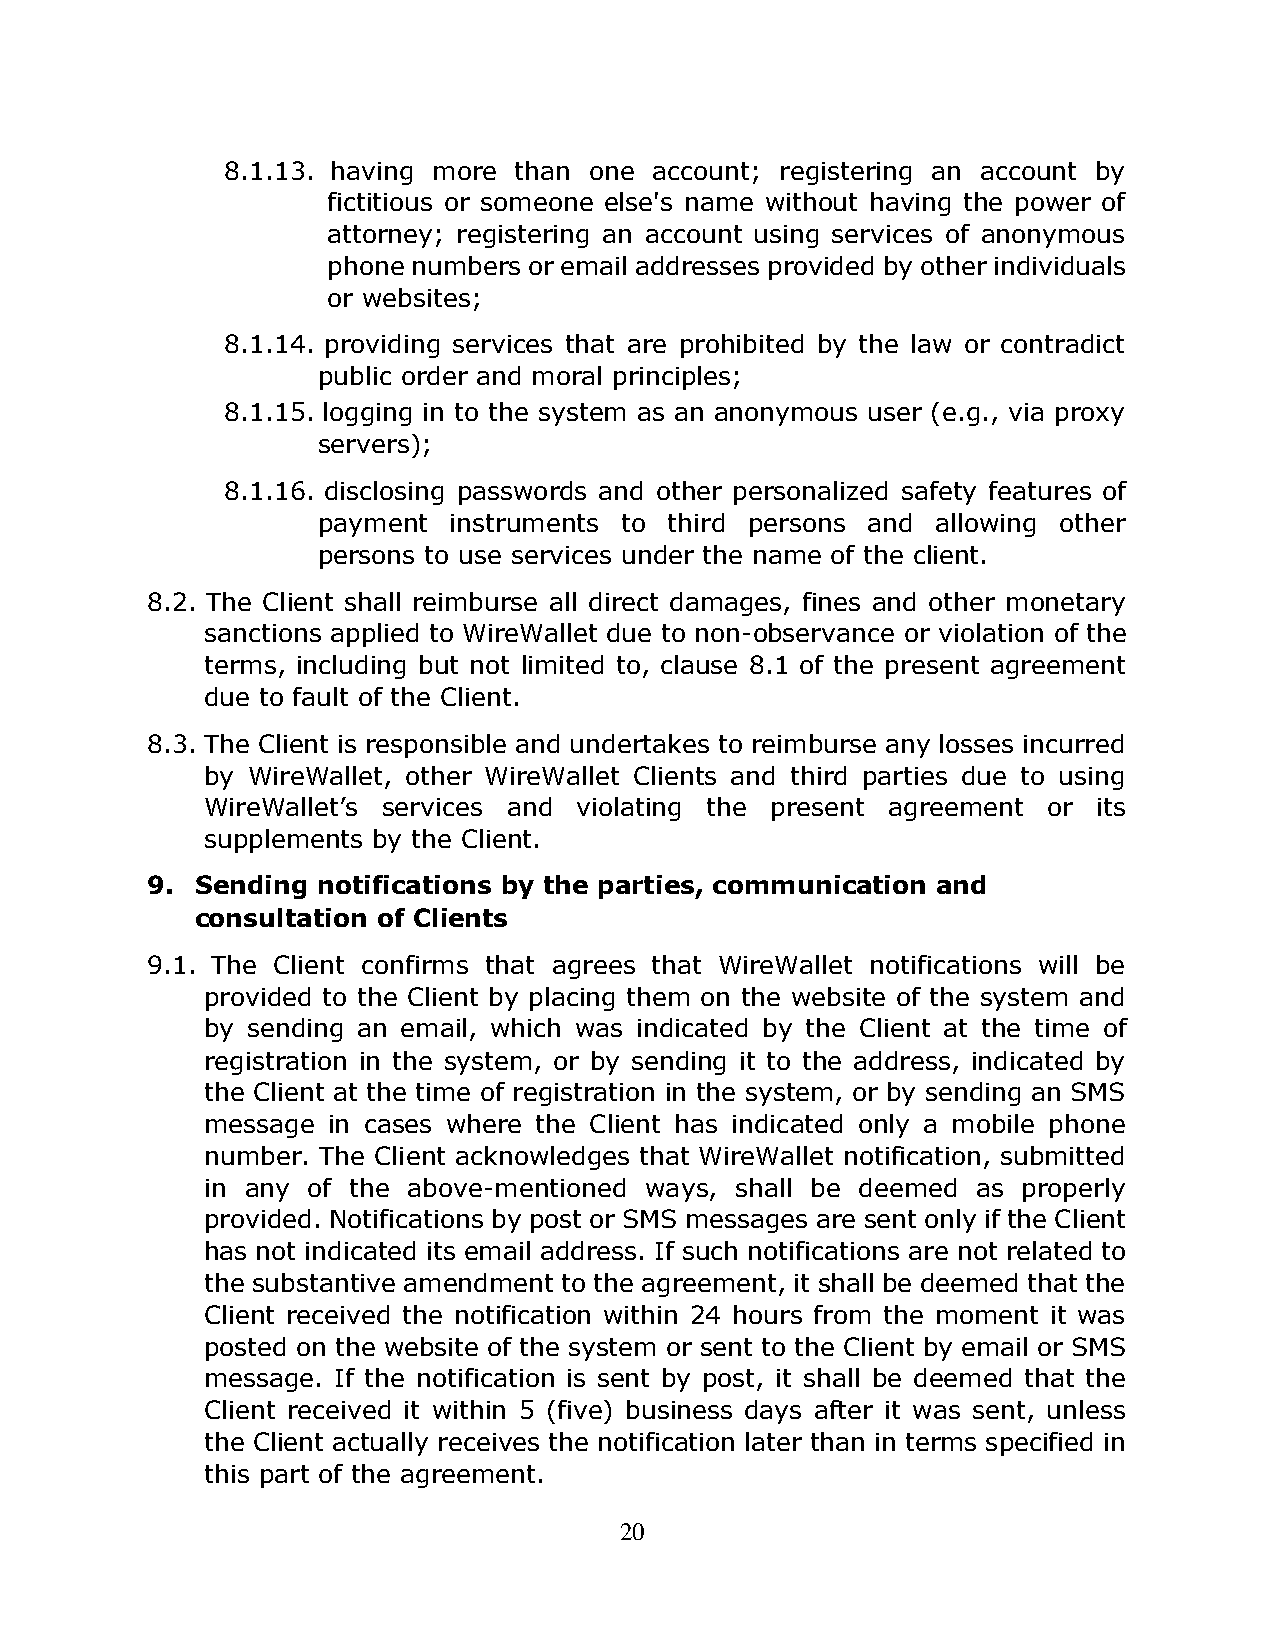
8.1.13. having more than one account; registering an account by
 fictitious or someone else's name without having the power of
 attorney; registering an account using services of anonymous
 phone numbers or email addresses provided by other individuals
 or websites;
 8.1.14. providing services that are prohibited by the law or contradict
 public order and moral principles;
 8.1.15. logging in to the system as an anonymous user (e.g., via proxy
 servers);
 8.1.16. disclosing passwords and other personalized safety features of
 payment  instruments to third persons and allowing other
 persons to use services under the name of the client.
 8.2. The Client shall reimburse all direct damages, fines and other monetary
 sanctions applied to WireWallet due to non-observance or violation of the
 terms, including but not limited to, clause 8.1 of the present agreement
 due to fault of the Client.
 8.3. The Client is responsible and undertakes to reimburse any losses incurred
 by WireWallet, other WireWallet Clients and third parties due to using
 WireWallet’s services and violating the present agreement or its
 supplements by the Client.
 9. Sending notifications by the parties, communication and
 consultation of Clients
 9.1. The Client confirms that agrees that WireWallet notifications will be
 provided to the Client by placing them on the website of the system and
 by sending an email, which was indicated by the Client at the time of
 registration in the system, or by sending it to the address, indicated by
 the Client at the time of registration in the system, or by sending an SMS
 message  in cases where the Client has indicated only a mobile phone
 number. The Client acknowledges that WireWallet notification, submitted
 in any of the above-mentioned ways, shall be deemed as properly
 provided. Notifications by post or SMS messages are sent only if the Client
 has not indicated its email address. If such notifications are not related to
 the substantive amendment to the agreement, it shall be deemed that the
 Client received the notification within 24 hours from the moment it was
 posted on the website of the system or sent to the Client by email or SMS
 message. If the notification is sent by post, it shall be deemed that the
 Client received it within 5 (five) business days after it was sent, unless
 the Client actually receives the notification later than in terms specified in
 this part of the agreement.
 20